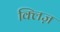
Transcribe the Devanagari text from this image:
क्लिज़